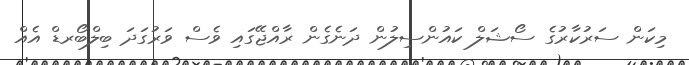
މިކަން ސަރުކާރުގެ ސޯޝަލް ކައުންސިލުން ދަނެގެން ރާއްޖޭގައި ވެސް ވަރުގަދަ ބިލްބޯރޑް އެއް